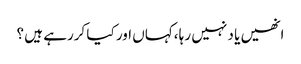
انھیں یا د نہیں رہا ،کہاں اور کیا کررہے ہیں ؟